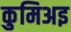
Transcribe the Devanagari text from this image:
कुमिअइ